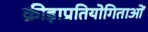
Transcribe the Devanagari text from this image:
क्रीड़ाप्रतियोगिताओं